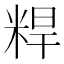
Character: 𬖝